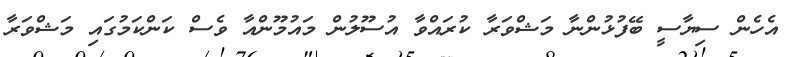
އެހެން ސިޔާސީ ބޭފުޅުންނާ މަޝްވަރާ ކުރައްވާ އުސޫލުން މައުމޫންއާ ވެސް ކަންކަމުގައި މަޝްވަރާ